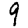
Digit: 9